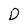
Character: D